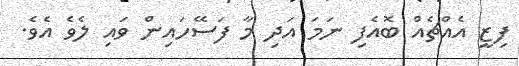
ފިޒީ އެއްޗެއް ބޮއެފި ނަމަ އަދި މާ ފަސޭހައިން ވައި ލެވެ އެވެ.